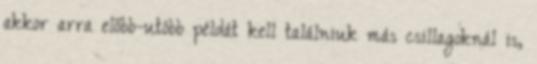
akkor arra előbb-utóbb példát kell találniuk más csillagoknál is,